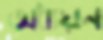
অধ্যয়ন